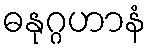
ဓနုဂ္ဂဟာနံ